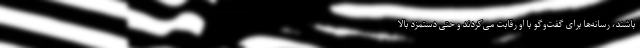
باشند، رسانه‌ها برای گفت‌وگو با او رقابت می‌کردند و حتی دستمزد بالا